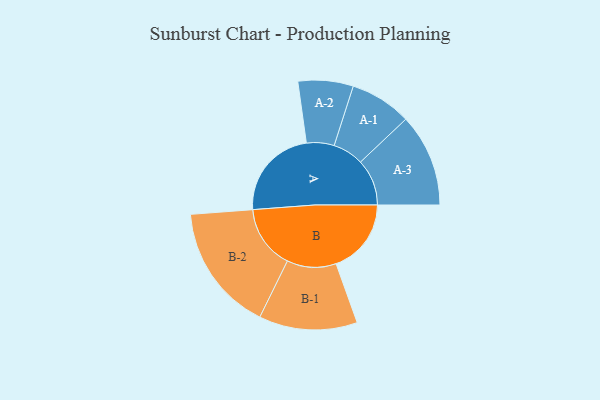
{"axis": {"x": "Segment", "y": "Value"}, "legend": ["", "A", "B"], "data": [{"x": "A", "y": 402, "type": ""}, {"x": "B", "y": 327, "type": ""}, {"x": "A-1", "y": 134, "type": "A"}, {"x": "A-2", "y": 120, "type": "A"}, {"x": "A-3", "y": 202, "type": "A"}, {"x": "B-1", "y": 214, "type": "B"}, {"x": "B-2", "y": 277, "type": "B"}]}